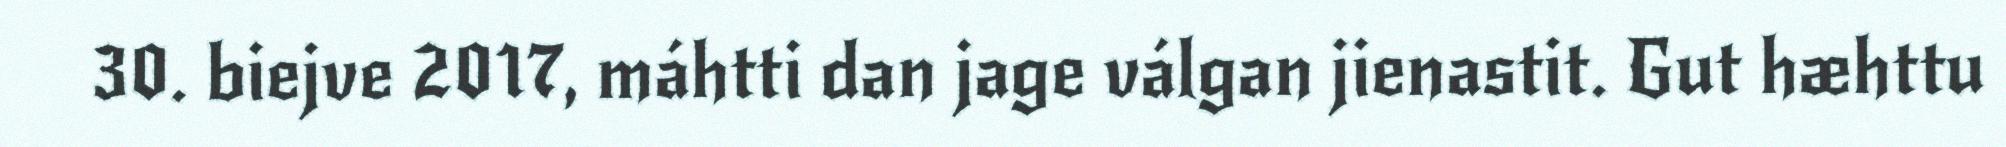
30. biejve 2017, máhtti dan jage válgan jienastit. Gut hæhttu